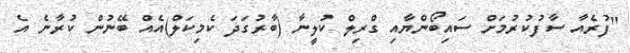
"ފުރެއާ ސާފުކުރުމަށް ސައިބޯންޔާއި ގްރިލް ކުލީނާ (ބާރުގަދަ ކެމިކަލް)އެއް ބޭނުން ކުރާނެ އެ